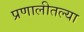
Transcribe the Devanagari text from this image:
प्रणालीतल्या